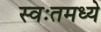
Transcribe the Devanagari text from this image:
स्वःतमध्ये